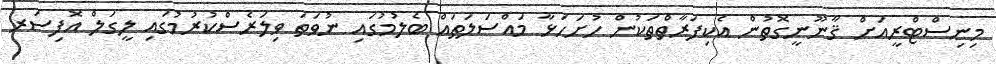
މިނިސްޓްރީއަށް ޤާނޫނީގޮތުން އެކިފަރާތްތަކުން ހުށަހަޅާ މައްސަލަތައް ބެލުމުގައި ނުވަތަ ވިލަރެސްކުރުމުގައި ލީގަލް އޮފިސަރ